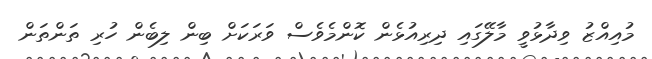
މުއިއްޒު ވިދާޅުވީ މާލޭގައި ދިރިއުޅެން ކޮންމެވެސް ވަރަކަށް ބިން ލިބެން ހުރި ތަންތަން